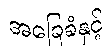
အခြေခံနှင့်